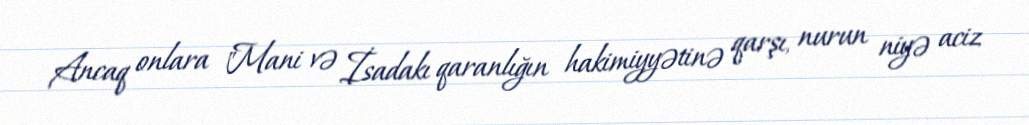
Ancaq onlara "Mani və İsadakı qaranlığın hakimiyyətinə qarşı, nurun niyə aciz